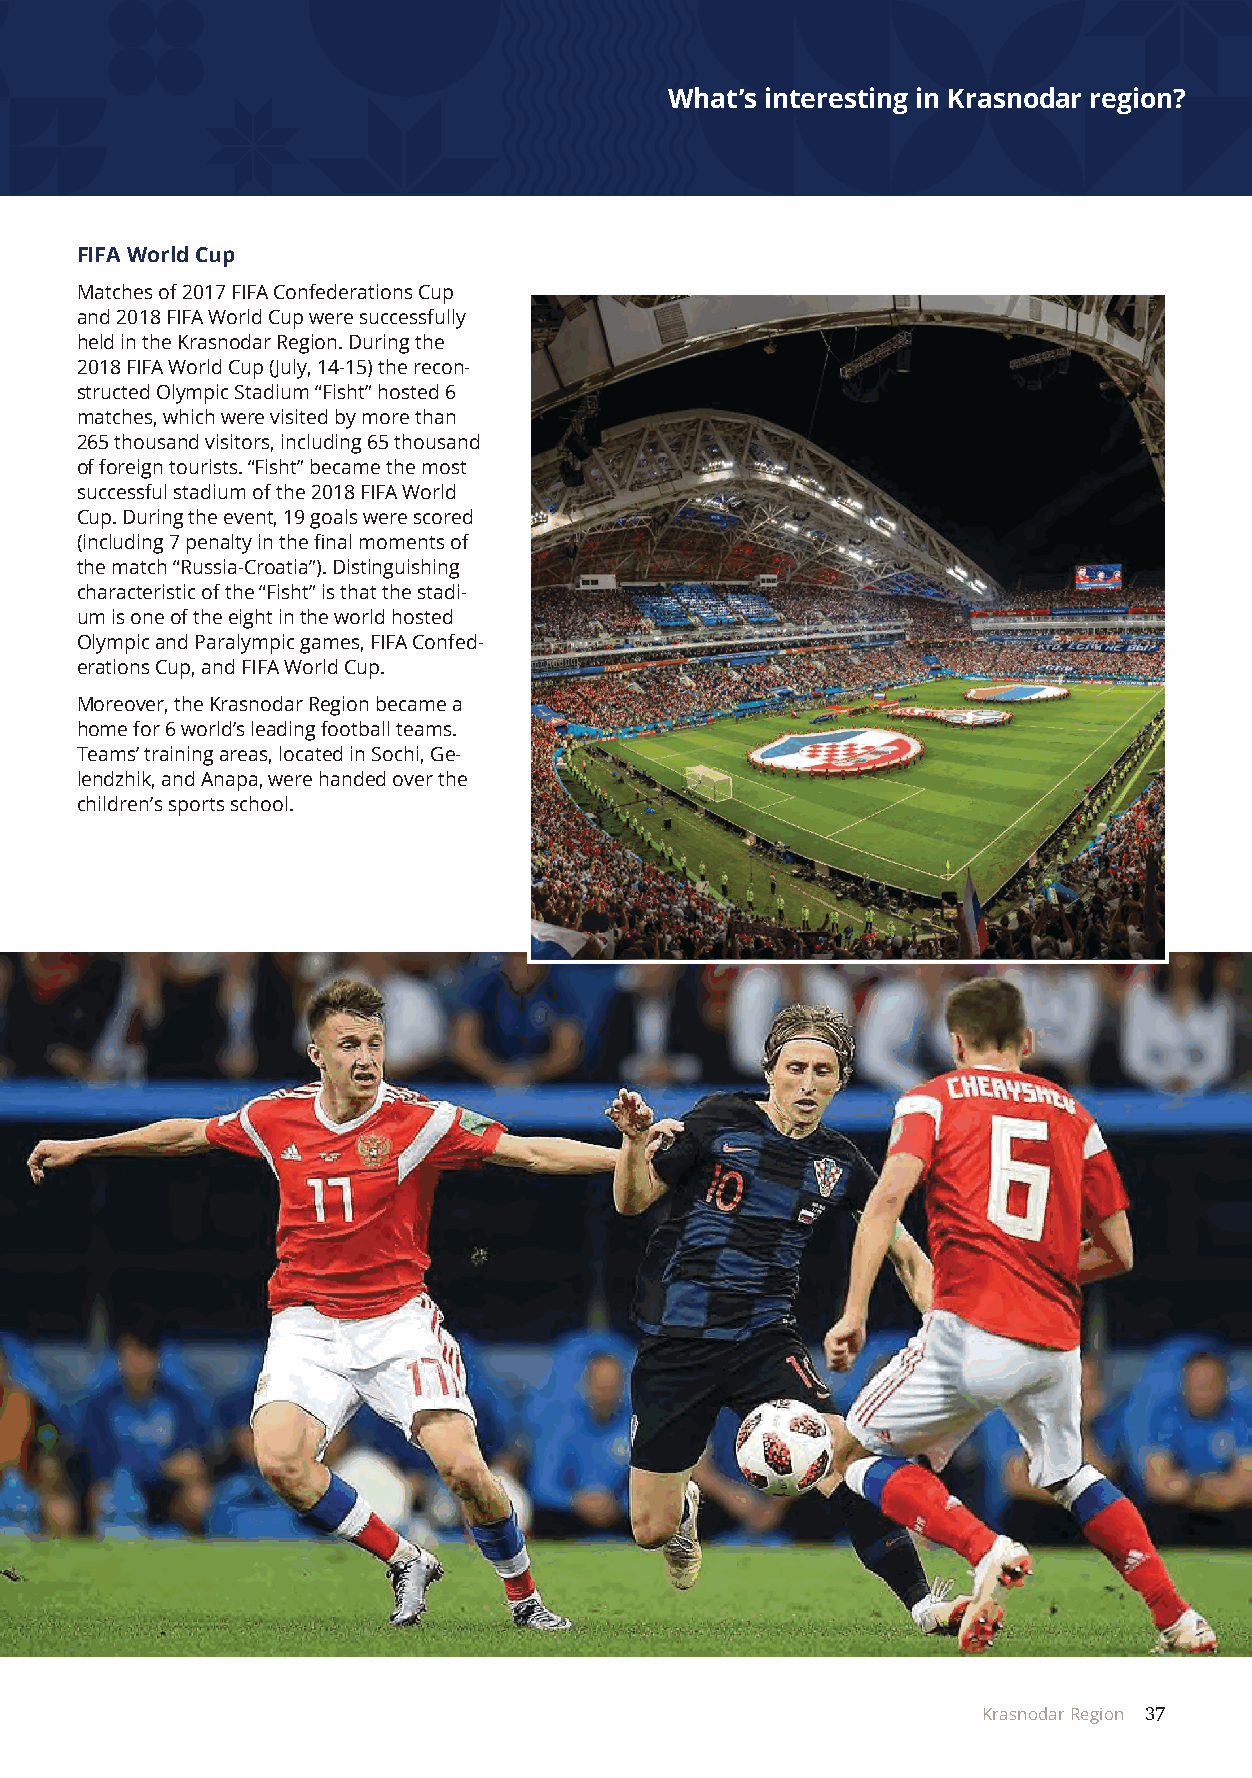
What’s interesting in Krasnodar region?
 FIFA World Cup
 Matches of 2017 FIFA Confederations Cup
 and 2018 FIFA World Cup were successfully
 held in the Krasnodar Region. During the
 2018 FIFA World Cup (July, 14-15) the recon-
 structed Olympic Stadium “Fisht” hosted 6
 matches, which were visited by more than
 265 thousand visitors, including 65 thousand
 of foreign tourists. “Fisht” became the most
 successful stadium of the 2018 FIFA World
 Cup. During the event, 19 goals were scored
 (including 7 penalty in the final moments of
 the match “Russia-Croatia”). Distinguishing
 characteristic of the “Fisht” is that the stadi-
 um is one of the eight in the world hosted
 Olympic and Paralympic games, FIFA Confed-
 erations Cup, and FIFA World Cup.
 Moreover, the Krasnodar Region became a
 home for 6 world’s leading football teams.
 Teams’ training areas, located in Sochi, Ge-
 lendzhik, and Anapa, were handed over the
 children’s sports school.
 Krasnodar Region 37